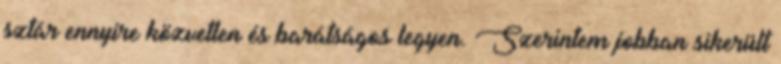
sztár ennyire közvetlen és barátságos legyen. Szerintem jobban sikerült